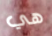
هي